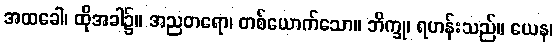
အထခေါ၊ ထိုအခါ၌။ အညတရော၊ တစ်ယောက်သော။ ဘိက္ခု၊ ရဟန်းသည်။ ယေန၊